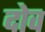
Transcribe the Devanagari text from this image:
दोव